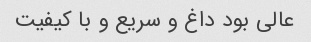
عالی بود داغ و سریع و با کیفیت